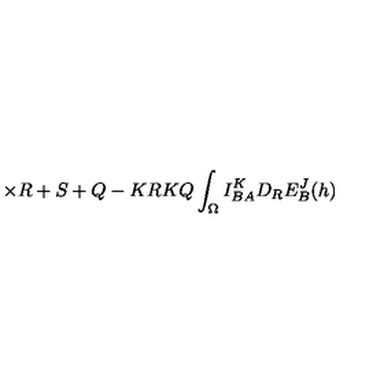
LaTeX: \times { \binom { R + S + Q - K } { R } } { \binom { K } { Q } } \int _ { \Omega } I _ { B A } ^ { K } D _ { R } E _ { B } ^ { J } ( h )